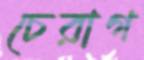
চেরাগ